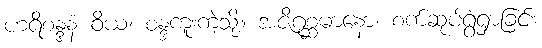
ဟရိစန္ဒနံ ဝိယ၊ စန္ဒကူးကဲ့သို့။ အဇိဂုစ္ဆမာနော၊ စက်ဆုပ်ရွံရှာခြင်း